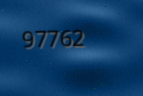
97762